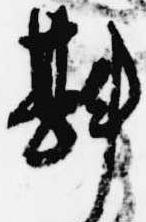
斟